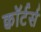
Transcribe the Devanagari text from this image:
क्वॉर्टर्स